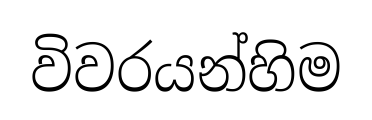
විවරයන්හිම